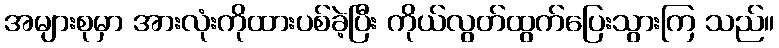
အများစုမှာ အားလုံးကိုထားပစ်ခဲ့ပြီး ကိုယ်လွတ်ထွက်ပြေးသွားကြ သည်။